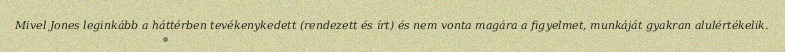
Mivel Jones leginkább a háttérben tevékenykedett (rendezett és írt) és nem vonta magára a figyelmet, munkáját gyakran alulértékelik.